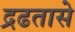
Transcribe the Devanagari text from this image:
द्रढतासे